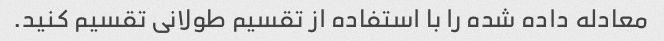
معادله داده شده را با استفاده از تقسیم طولانی تقسیم کنید.